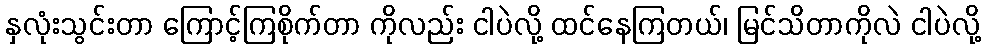
နှလုံးသွင်းတာ ကြောင့်ကြစိုက်တာ ကိုလည်း ငါပဲလို့ ထင်နေကြတယ်၊ မြင်သိတာကိုလဲ ငါပဲလို့